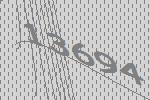
13694